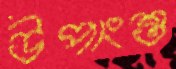
উপাংশু